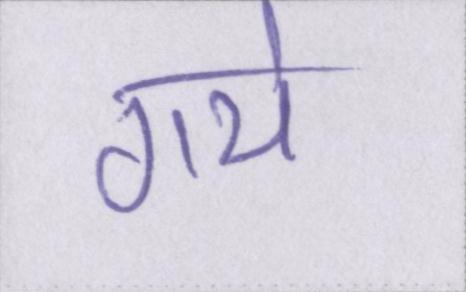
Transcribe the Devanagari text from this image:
गये